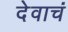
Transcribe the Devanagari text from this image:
देवाचं